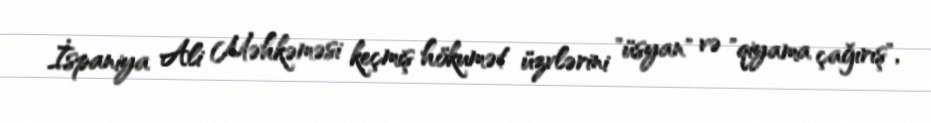
İspaniya Ali Məhkəməsi keçmiş hökumət üzvlərini "üsyan" və "qiyama çağırış",